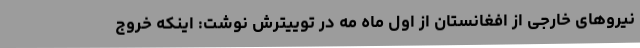
نیروهای خارجی از افغانستان از اول ماه مه در توییترش نوشت: اینکه خروج